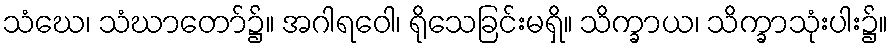
သံဃေ၊ သံဃာတော်၌။ အဂါရဝေါ၊ ရိုသေခြင်းမရှိ။ သိက္ခာယ၊ သိက္ခာသုံးပါး၌။